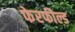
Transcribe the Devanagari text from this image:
फेरफील्ड